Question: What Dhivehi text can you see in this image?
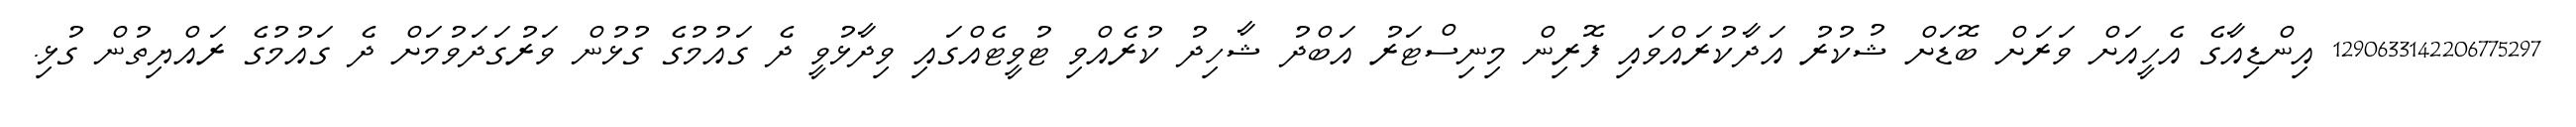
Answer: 1290633142206775297 އިންޑިއާގެ އެހީއަށް ވަރަށް ބޮޑަށް ޝުކުރު އަދާކުރައްވައި ފޮރިން މިނިސްޓަރު އަބްދު ޝާހިދު ކުރެއްވި ޓުވީޓެއްގައި ވިދާޅުވީ ދެ ގައުމުގެ ގުޅުން ވަރުގަދަވުމަށް ދެ ގައުމުގެ ރައްޔިތުން ގުޅި.